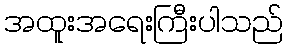
အထူးအရေးကြီးပါသည်